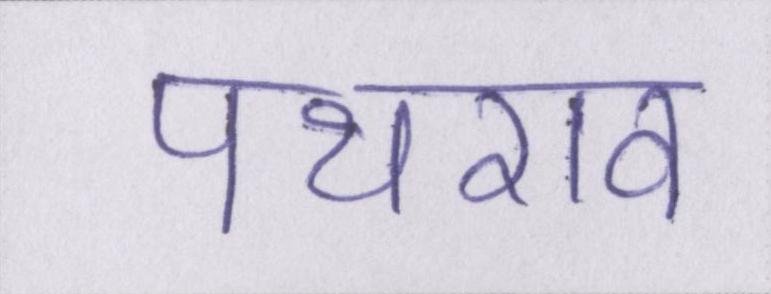
पथराव